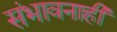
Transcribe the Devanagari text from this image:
संभावनाही